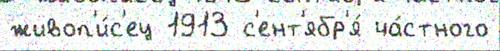
живоп'и́с'ец 1913 с'ент'ябр'я́ ча́стного